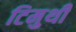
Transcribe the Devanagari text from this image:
टिमुथी